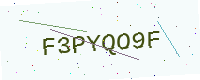
Text: F3PYQO9F